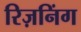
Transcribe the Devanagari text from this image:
रिज़निंग